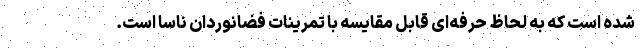
شده است که به لحاظ حرفه‌ای قابل مقایسه با تمرینات فضانوردان ناسا است.